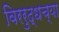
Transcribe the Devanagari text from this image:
विररुद्धच्या